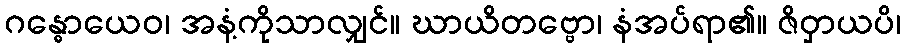
ဂန္ဓောယေဝ၊ အနံ့ကိုသာလျှင်။ ဃာယိတဗ္ဗော၊ နံအပ်ရာ၏။ ဇိဝှာယပိ၊